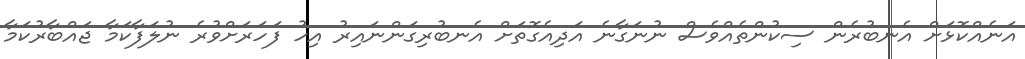
އަނެއްކޮޅަށް އެނބުރެން ސިކުންތެއްވެސް ނުނަގާނެ އަދިއެގޮތަށް އެނބުރިގަންނައިރު އިހު ފަހަރަށްވުރެ ނުލަފާކަމާ ޖައްބާރުކަމާ